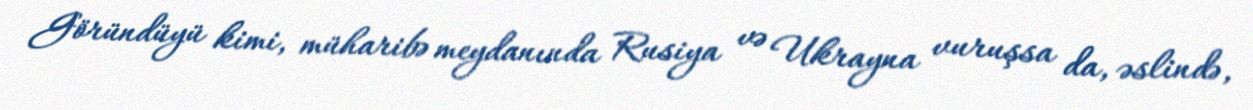
Göründüyü kimi, müharibə meydanında Rusiya və Ukrayna vuruşsa da, əslində,